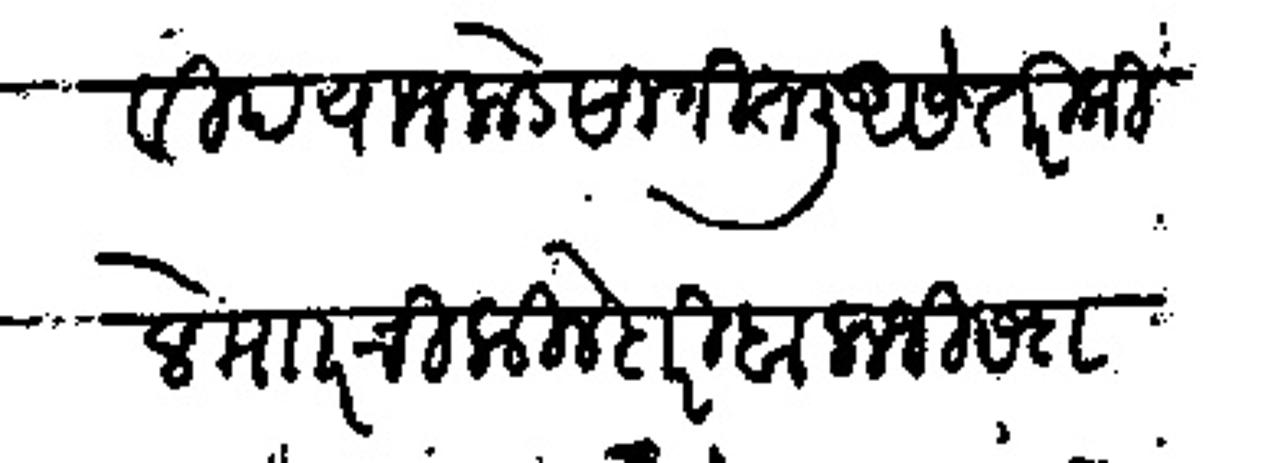
Transliteration (Devanagari): गोविंद याजकडे सांगितली असे तरी कीले मारची किलेदारी बालाजी सदा